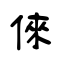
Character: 倈